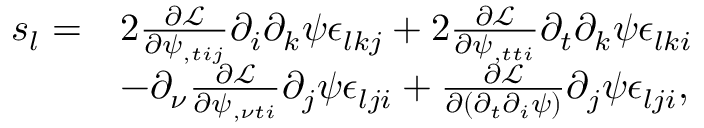
\begin{array} { r l } { s _ { l } = } & { 2 \frac { \partial \mathcal L } { \partial \psi _ { , t i j } } \partial _ { i } \partial _ { k } \psi \epsilon _ { l k j } + 2 \frac { \partial \mathcal L } { \partial \psi _ { , t t i } } \partial _ { t } \partial _ { k } \psi \epsilon _ { l k i } } \\ & { - \partial _ { \nu } \frac { \partial \mathcal L } { \partial \psi _ { , \nu t i } } \partial _ { j } \psi \epsilon _ { l j i } + \frac { \partial \mathcal { L } } { \partial ( \partial _ { t } \partial _ { i } \psi ) } \partial _ { j } \psi \epsilon _ { l j i } , } \end{array}